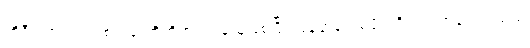
ကိုရီးယားဝမ်တစ်သန်းတိတိ စတင်ခဲ့သူဖြစ်ပြီး ပြန်ဆန်းစစ်ဖို့ ပရိသတ်အပေါင်းသည်